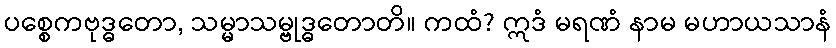
ပစ္စေကဗုဒ္ဓတော, သမ္မာသမ္ဗုဒ္ဓတောတိ။ ကထံ? ဣဒံ မရဏံ နာမ မဟာယသာနံ